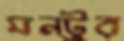
মন্টুর